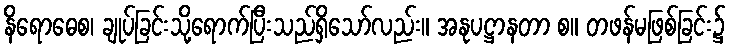
နိရောဓေစ၊ ချုပ်ခြင်းသို့ရောက်ပြီးသည်ရှိသော်လည်း။ အနုပဋ္ဌာနတာ စ။ တဖန်မဖြစ်ခြင်း၌